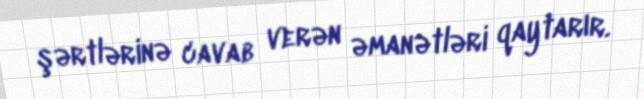
şərtlərinə cavab verən əmanətləri qaytarır.